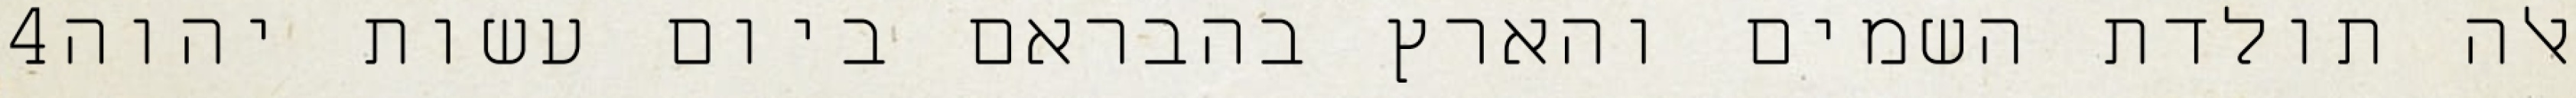
‎4‏ אלה תולדת השמים והארץ בהבראם ביום עשות יהוה